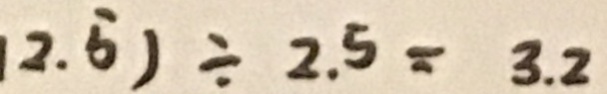
2 . 5 ) \div 2 . 5 = 3 . 2